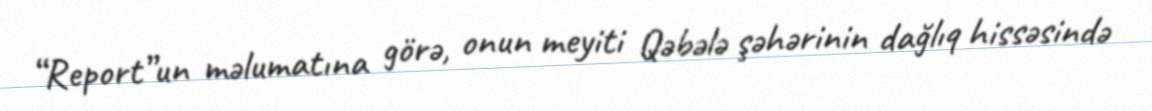
“Report”un məlumatına görə, onun meyiti Qəbələ şəhərinin dağlıq hissəsində